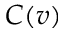
C ( v )